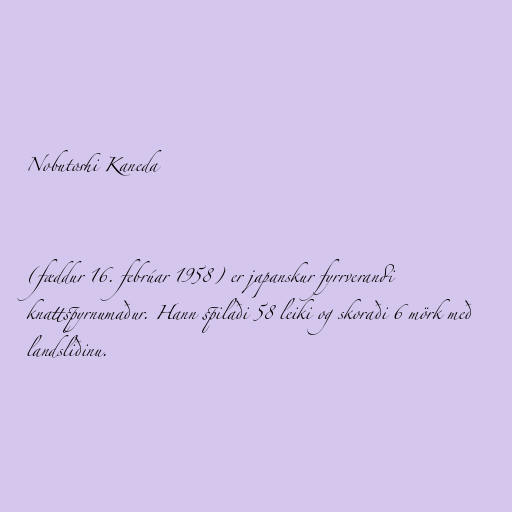
Nobutoshi Kaneda

(fæddur 16. febrúar 1958) er japanskur fyrrverandi
knattspyrnumaður. Hann spilaði 58 leiki og skoraði 6 mörk með
landsliðinu.